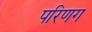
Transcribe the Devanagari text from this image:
परिणग